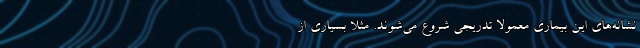
نشانه‌های این بیماری معمولاً تدریجی شروع می‌شوند. مثلاً بسیاری از